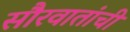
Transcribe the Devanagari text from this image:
सौरवातांची